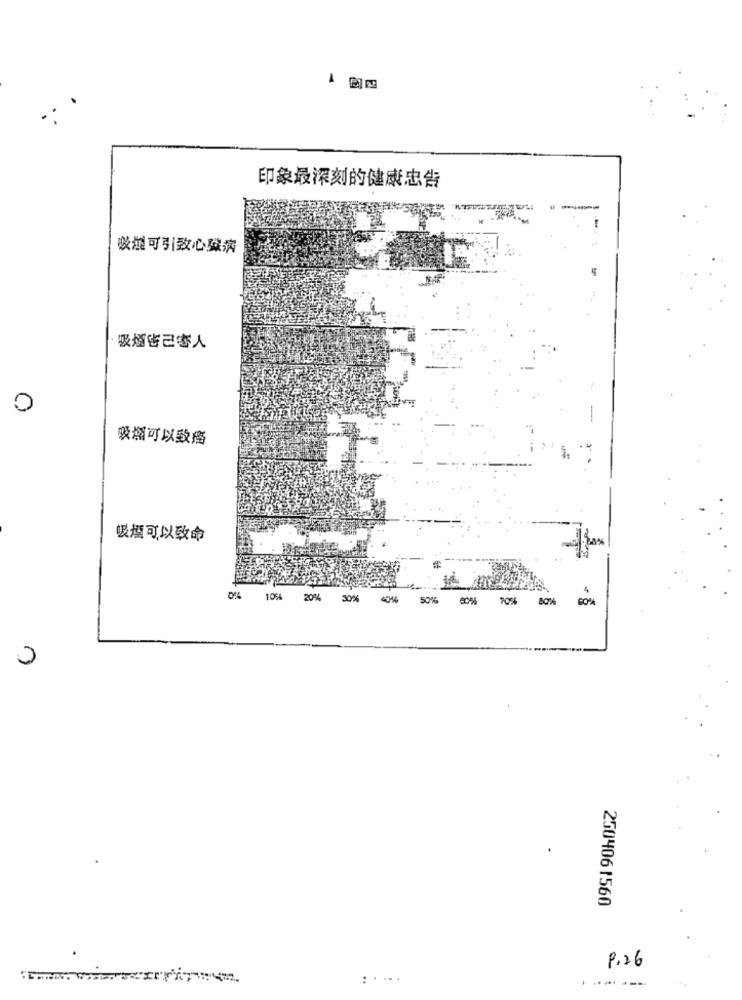
-
印象最深刻的健康忠告
收型可引致心益病
·吸煙客己客人
吸烟可以致癌
吸煙可以致命
4046
60%
0%
105%
20%
30%
50%
00%
4
0
250406 1560
P.26